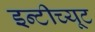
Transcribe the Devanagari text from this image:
इन्टीच्यूट